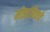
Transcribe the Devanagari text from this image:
मोझांबिकचे